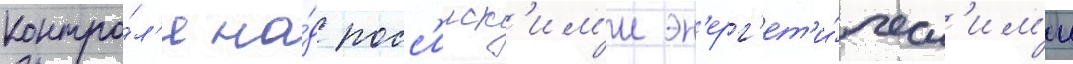
контро́л'я на́д росс'ииск'им'и эн'ерг'ет'и́ческ'им'и